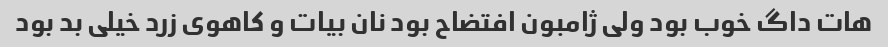
هات داگ خوب بود ولی ژامبون افتضاح بود نان بیات و کاهوی زرد خیلی بد بود